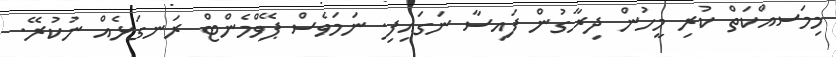
މިމަސއްކަތް ކުރި މީހުން ދިރާގުން ފައިސާ ނަގައިފި. ނަމަވެސް ޕޭވްމެންޓް ރަނގަޅެއް ނުކުރޭ.